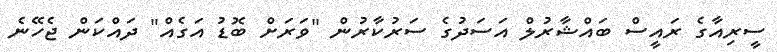
ސީރިއާގެ ރައީސް ބައްޝާރުލް އަސަދުގެ ސަރުކާރުން "ވަރަށް ބޮޑު އަގެއް" ދައްކަން ޖެހޭނެ